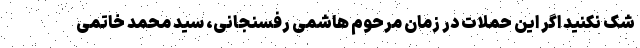
شک نکنید اگر این حملات در زمان مرحوم هاشمی رفسنجانی، سید محمد خاتمی